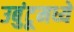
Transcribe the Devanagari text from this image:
उबुंटूमध्ये